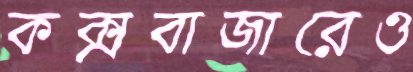
কক্সবাজারেও